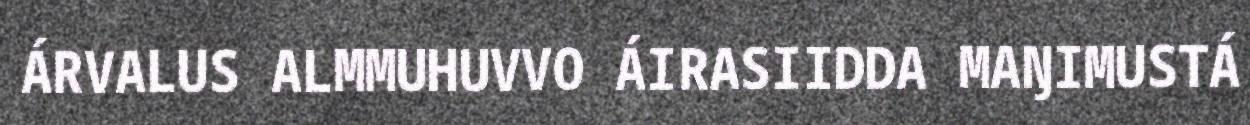
ÁRVALUS ALMMUHUVVO ÁIRASIIDDA MAŊIMUSTÁ